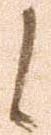
候